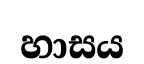
හාසය